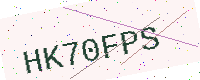
Text: HK70FPS